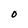
Character: O